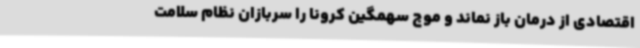
اقتصادی از درمان باز نماند و موج سهمگین کرونا را سربازان نظام سلامت